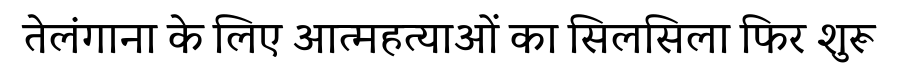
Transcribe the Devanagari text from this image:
तेलंगाना के लिए आत्महत्याओं का सिलसिला फिर शुरू